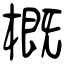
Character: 概